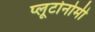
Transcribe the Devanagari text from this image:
प्लूटोनोमी